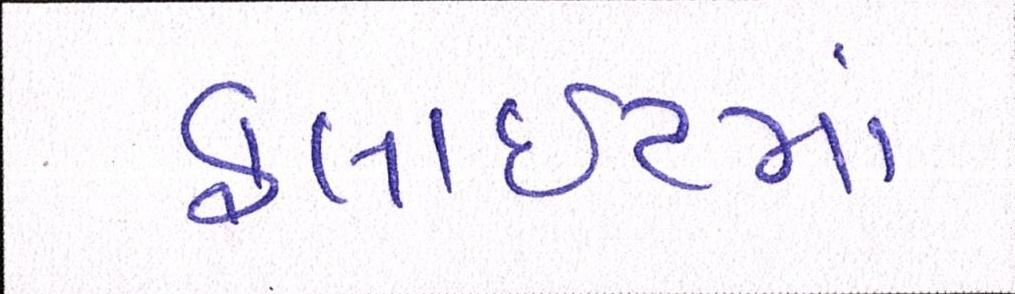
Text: ફ્લાઈટમાં